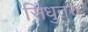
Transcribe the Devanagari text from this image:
सिंधुतरु